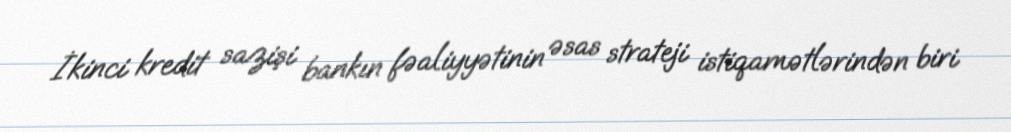
İkinci kredit sazişi bankın fəaliyyətinin əsas strateji istiqamətlərindən biri